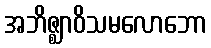
အဘိဇ္ဈာဝိသမလောဘော